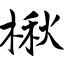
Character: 楸